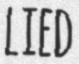
LIED